Leaving Certificate Examination, 1902
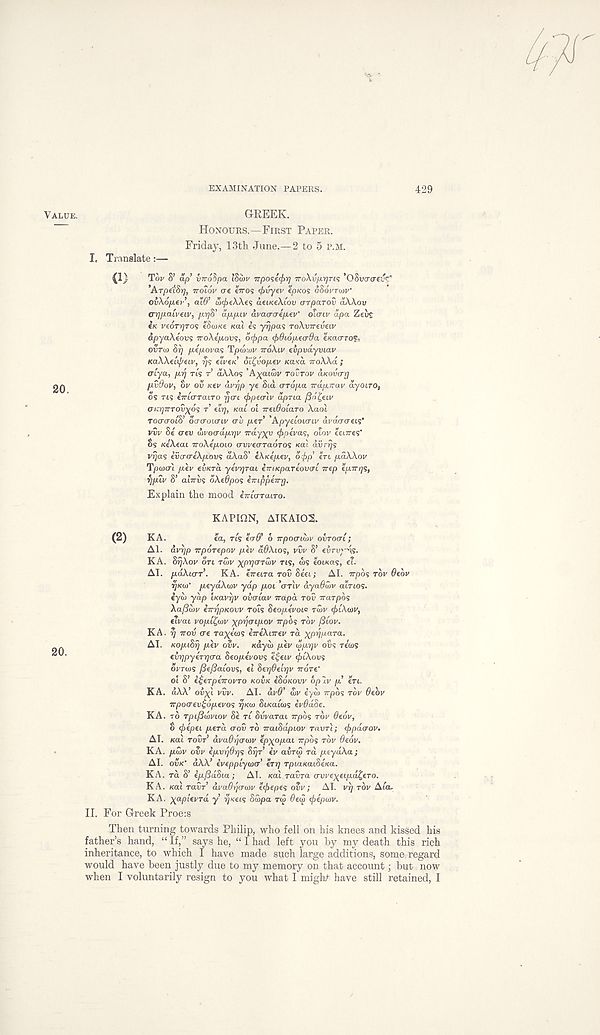
EXAMINATION PAPERS.
429
VALUE.
GREEK.
HONOURS.—FIRST PAPER.
Friday, 13th June.—2 to 5 P.M.
I. Translate:—
Tw S’ ap vTroSna iSibu irpost^rj •jroXvp.rjri'; ’OSvacrevr'
’ArptiSr), Troiov ere erros <f>vyev tpKos oSovrwv’
OvS.6p.tr , ai6’ ix)(f)t\\t<; atiKtXtov aTparov aXXov
(rrjpaivtLv, pyjS’ appiv avacraiptv' olaiv apa Zeu£
tK I'eoTJjros eSo)Kt KOLI is yrjpas roXvTrtvuv
dpyaXiovs iroXepovs, ocf>pa <f>6i6pe(r9a tKourrof:.
OVTU) Si] pipovas Tpojtov iroXiv tvpvayviav
KaWtiif/eiv, rjs tivtn’ oi^voptv KOLKO. TTOXXOL ;
(TLya, pr] ris T dXXos ’A^aiw TOVTOV d.KOv<rr]
pvOov, or ov Ktv dvr/p ye Sid aropa irdpirav dyoLTO,
os TIS iiruJTano rjcri (jjpecriv dpria f36£tiv
criii]irTov)(6s T tin], Kat oi Trfi9oia.ro Xaoi
rouaoiS’ doaouriv tr5 ptr ’Apyeioiaiv draacrtis’
vvv Si otv wvoaaprjv Trayyu <f>pivas, olov iturts'
os KtXtai TroXipoio awtaraoros «ai dvrrjs
vrjas ivcrcriXpovs dXaS’ fXKtptv, ofip’ eri pdXXov
Tpoiar'i ptv tvKrb. yivrjrai iiriKpariovai irtp ipirrjs,
rjpiv S’ aliriis oXt9pos iTrippitry.
Explain the mood eTrto-rairo.
KAPinN, ATKAI02.
(2)
KA.
ia, ris iaO' 6 irpoaimr ovrocri;
Al. dvi]p irportpov piv dOXios, vw S’ firvyds.
KA. SrjXov on rwv XPV^rdiv ns, 6>s tomas, eT.
AI. poXurr. KA. iTrura rov Seei; AI. rrpbs rov 6tbv
^/caP ptydXwv yap poi'anv dya9wv ainos.
eyu) yap iKarrjr ovaiav irapd rov irarpbs
Aafibiv iirripnovv rois Stopivoic TS>V cjriXiov,
tlvai vopi£<ov xp-rjenpov irpbs rbr (iiov.
KA. r] irov at rayews fTTfXnrfy ra yp^/xara.
AI. KopiSrj ptv ovv. «aya) ptv wprjr ovs rews
tvrjpytrrjo-a Stopivovs iijtiv cjrtXovs
OVTOJS (3t/3aiovs, fl Str)9tLr]v irorf
ol S’ l^tTpiirovro KOVK iSoKovv bp iv p in.
KA. aAA’ ovx} vvv. AI. dv9’ wv eya) irpos rbv 9tbv
rrpotrtv^optvos yKiv SiKaims iv9dSt.
KA. TO rpiftwviov St ri Svvarai rrpbs rbv 9t6v,
o cjiipti ptra aov TO rraiSapiov ravn; cf>pdcrov.
AI. Kai rovr’ dva9r]0’<i)v ipxopai rrpbs rbv 9t6v.
KA. pibv ovv ipvY]9r]s Syr tv avnS rd ptydXa;
AI. OVK' dXX’ ivtppiyoxr’ try Tpia/taiSiaa.
KA. ra S’ tpf3doia; AT. /cai ravra o-vvextipd^tro.
KA. Kai ravr dva9ya-(ov icfitpts ovv; AI. vy rbv Aia.
KA. x a pterra y yxeis Su>pa T<3 Otid <f>ipwv.
II. For Greek Proe:s
Then turning towards Philip, who fell on his knees and kissed his
father’s hand, “ If,” says he, “ I had left you by my death this rich
inheritance, to which I have made such large additions, some regard
would have been justly due to my memory on that account; but now
when I voluntarily resign to you what I miglU have still retained, I
(1)
20.